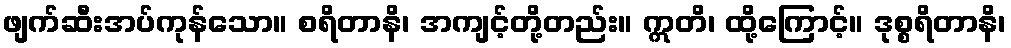
ဖျက်ဆီးအပ်ကုန်သော။ စရိတာနိ၊ အကျင့်တို့တည်း။ ဣတိ၊ ထို့ကြောင့်။ ဒုစ္စရိတာနိ၊